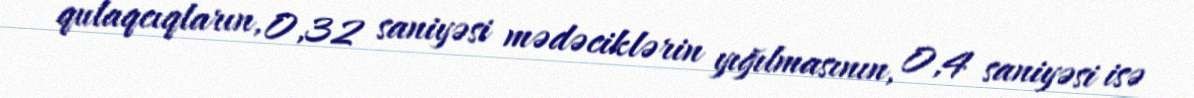
qulaqcıqların, 0,32 saniyəsi mədəciklərin yığılmasının, 0,4 saniyəsi isə